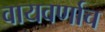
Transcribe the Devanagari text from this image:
वायवर्णाच